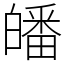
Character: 皤